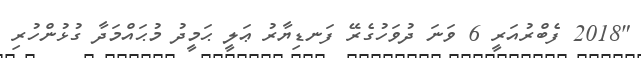
"2018 ފެބްރުއަރީ 6 ވަނަ ދުވަހުގެރޭ ފަނޑިޔާރު ޢަލީ ޙަމީދު މުޙައްމަދާ ގުޅުންހުރި